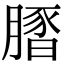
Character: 𦟢